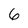
Character: 6